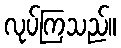
လုပ်ကြသည်။